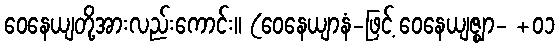
ဝေနေယျတို့အားလည်းကောင်း။ (ဝေနေယျာနံ-ဖြင့် ဝေနေယျဇ္ဈာ- +၀၁